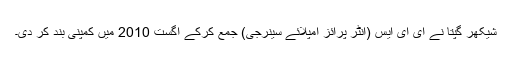
شیکھر گپتا نے ای ای ایس (انٹر پرائز امپلائے سینرجی) جمع کرکے اگست 2010 میں کمپنی بند کر دی۔